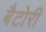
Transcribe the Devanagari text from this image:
बैटोरी